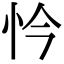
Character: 忴